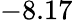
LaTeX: -8.17